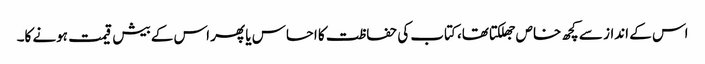
اس کے انداز سے کچھ خاص جھلکتا تھا، کتاب کی حفاظت کا احساس یا پھر اس کے بیش قیمت ہونے کا۔